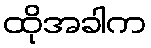
ထိုအခါက